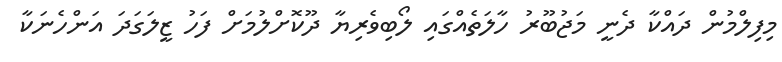
މިފިލްމުން ދައްކާ ދެނީ މަޖުބޫރު ހާލަތެއްގައި ލޯބިވެރިޔާ ދޫކޮށްލުމަށް ފަހު ޒީލަގަދަ އަންހެނަކާ